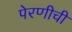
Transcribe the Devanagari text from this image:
पेरणीची